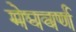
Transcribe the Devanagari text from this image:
मेघवर्ण